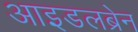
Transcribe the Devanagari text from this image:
आइडलब्रेन